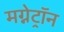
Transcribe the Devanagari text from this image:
मग्नेट्रॉन